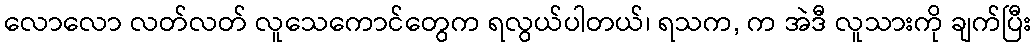
လောလော လတ်လတ် လူသေကောင်တွေက ရလွယ်ပါတယ်၊ ရသက, က အဲဒီ လူသားကို ချက်ပြီး